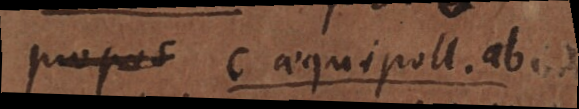
propos c aequipoll. ab